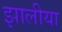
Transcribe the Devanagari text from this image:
झालीया